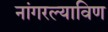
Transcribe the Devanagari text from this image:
नांगरल्याविण